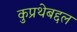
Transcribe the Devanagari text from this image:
कुप्रथेबद्दल